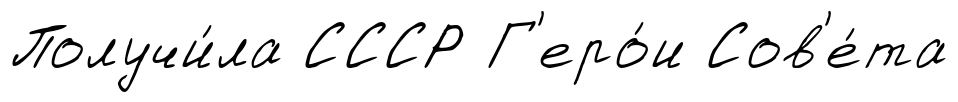
Получи́ла СССР Г'еро́и Сов'е́та